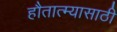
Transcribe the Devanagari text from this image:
हौतात्म्यासाठी